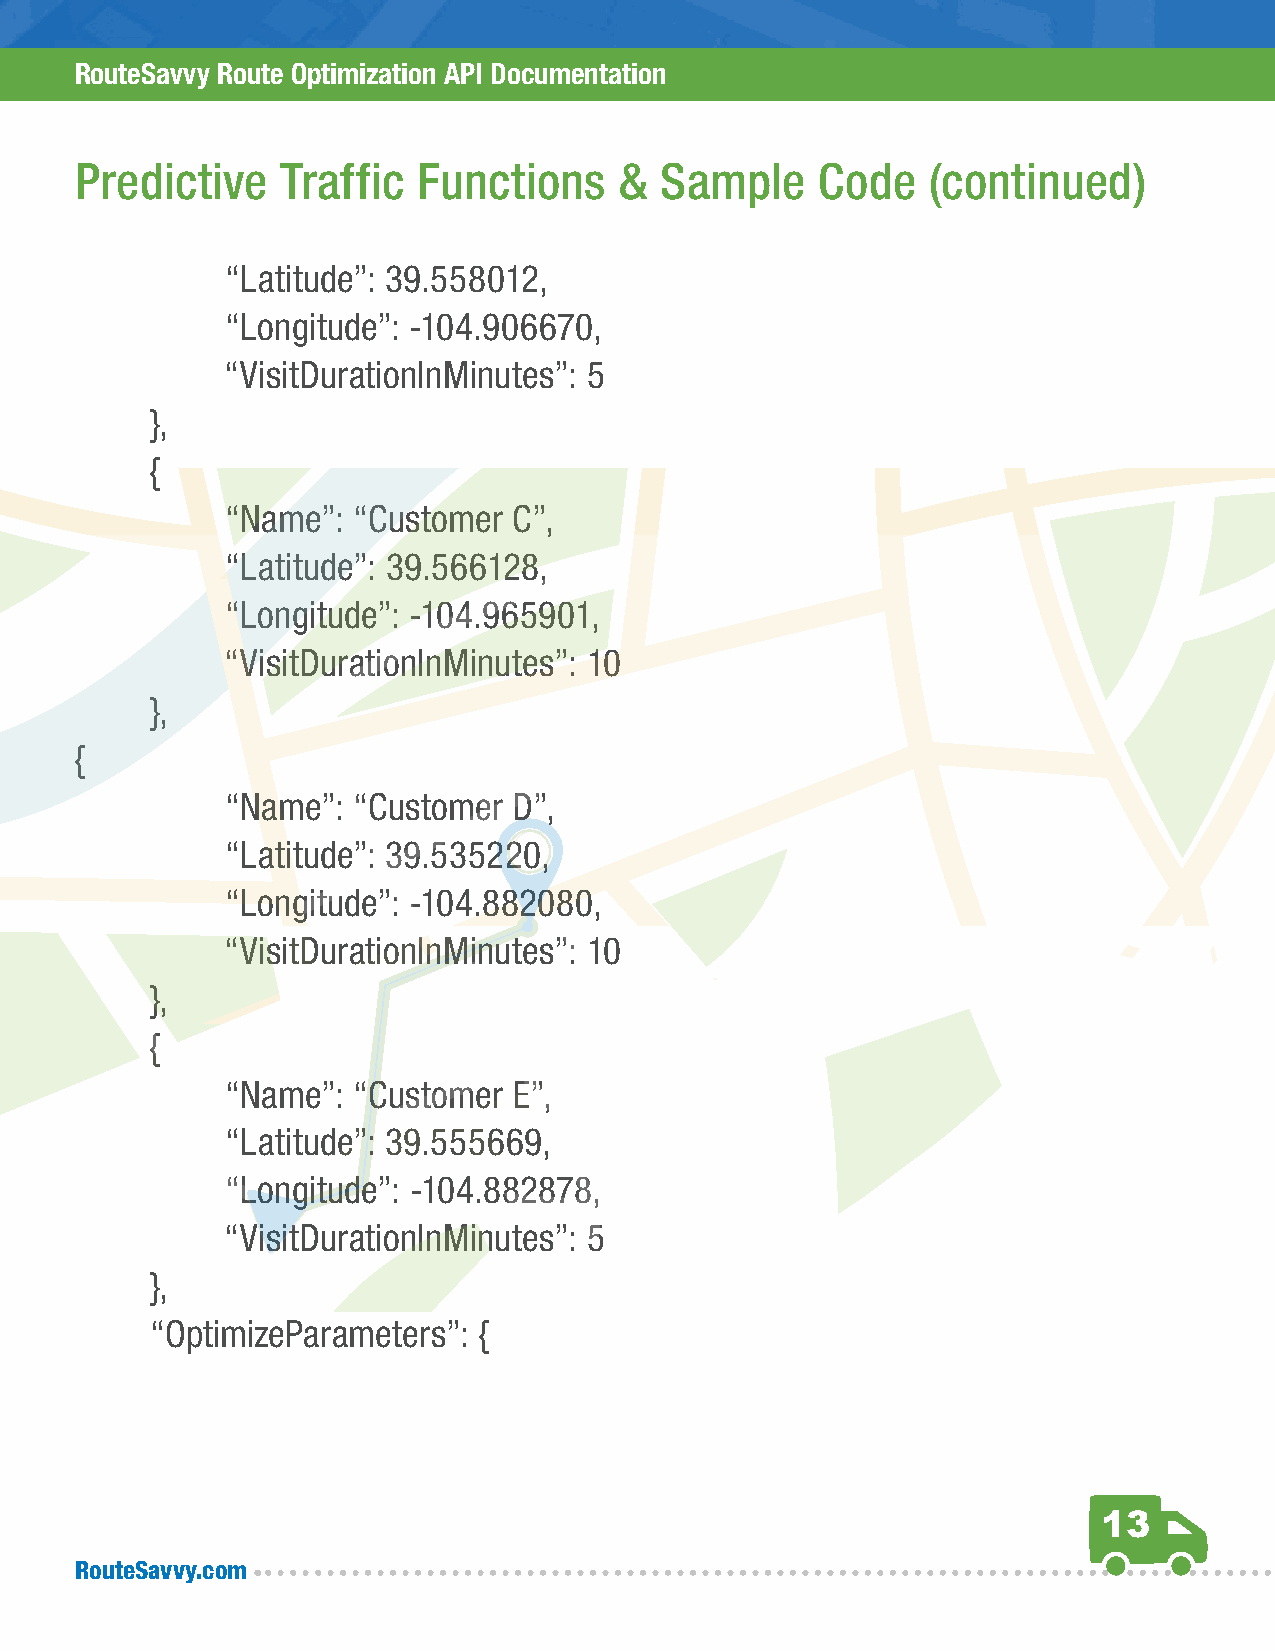
RouteSavvy Route Optimization API Documentation
 Predictive    Traffic  Functions    &  Sample    Code    (continued)
 “Latitude”: 39.558012,
 “Longitude”: -104.906670,
 “VisitDurationInMinutes”: 5
 },
 {
 “Name”: “Customer  C”,
 “Latitude”: 39.566128,
 “Longitude”: -104.965901,
 “VisitDurationInMinutes”: 10
 },
 {
 “Name”: “Customer  D”,
 “Latitude”: 39.535220,
 “Longitude”: -104.882080,
 “VisitDurationInMinutes”: 10
 },
 {
 “Name”: “Customer  E”,
 “Latitude”: 39.555669,
 “Longitude”: -104.882878,
 “VisitDurationInMinutes”: 5
 },
 “OptimizeParameters”: {
 13
 RouteSavvy.com